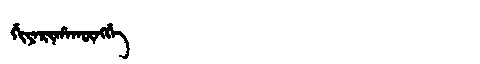
Manchu: ᡤᡳᠶᠠᡵᡳᡥᠠᡴᡡᠩᡤᡝ
Romanization: GIYARIHAKŪNGGE